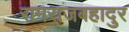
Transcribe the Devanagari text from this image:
रामराजबहादुर